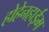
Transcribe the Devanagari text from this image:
होहेनहाईम